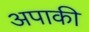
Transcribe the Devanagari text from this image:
अपाकी